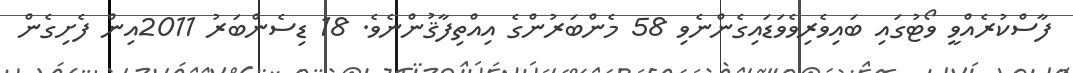
ފާސްކުރެއްވީ ވޯޓުގައި ބައިވެރިވެވަޑައިގެންނެވި 58 މެންބަރުންގެ އިއްތިފާޤުންނެވެ. 18 ޑިސެންބަރު 2011އިން ފެށިގެން